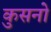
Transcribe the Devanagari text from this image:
कुसनो